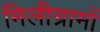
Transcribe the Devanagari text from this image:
मिलीग्रामों